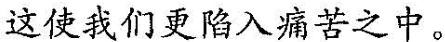
这使我们更陷入痛苦之中。